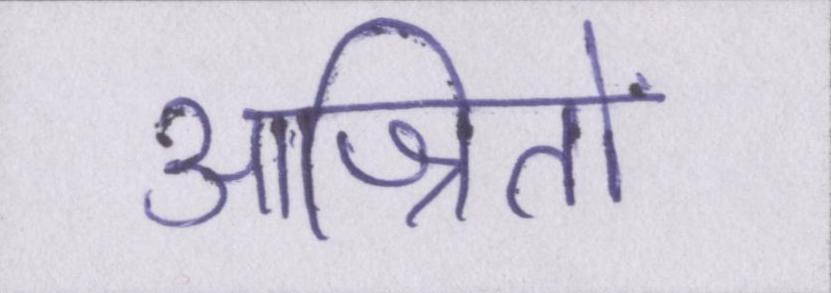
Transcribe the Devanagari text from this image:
आश्रितों